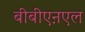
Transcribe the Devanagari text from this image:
बीबीएऩएल